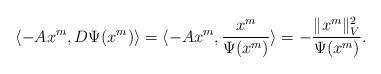
LaTeX: \begin{align*}\langle -Ax^m, D\Psi(x^m)\rangle=\langle -Ax^m, \frac{x^m}{\Psi(x^m)} \rangle=-\frac{\|x^m\|_V^2}{\Psi(x^m)}.\end{align*}